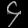
Digit: ၄